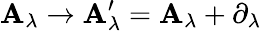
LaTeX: \mathbf{A}_{\lambda}\rightarrow\mathbf{A}_{\lambda}^{\prime}=\mathbf{A}_{\lambda}+\partial_{\lambda}